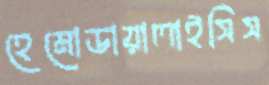
হেমোডায়ালাইসিস